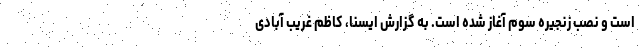
است و نصب زنجیره سوم آغاز شده است. به گزارش ایسنا، کاظم غریب آبادی